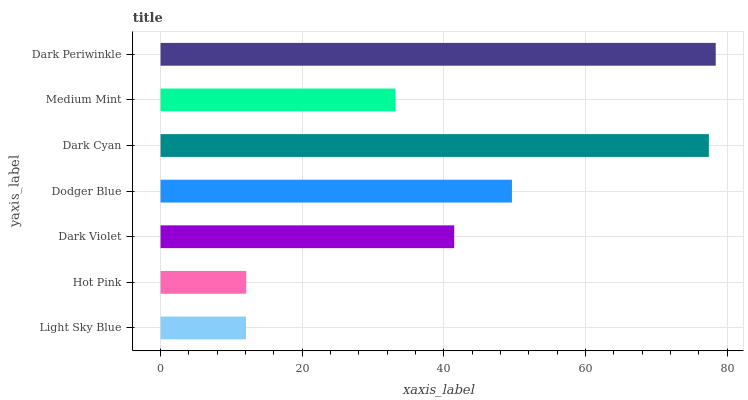
| yaxis_label | bars |
 | --- | --- |
 | Light Sky Blue | 12.1 |
 | Hot Pink | 12.1 |
 | Dark Violet | 41.5 |
 | Dodger Blue | 49.6 |
 | Dark Cyan | 77.4 |
 | Medium Mint | 33.2 |
 | Dark Periwinkle | 78.4 |